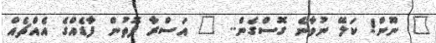
" ނޫން! ކަލޭ ނުވާނެ ގޮސްގެން.. " އަސްރާ ފޮތުން ފާޑެއްގެ އެއްޗެއް